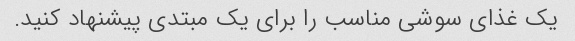
یک غذای سوشی مناسب را برای یک مبتدی پیشنهاد کنید.